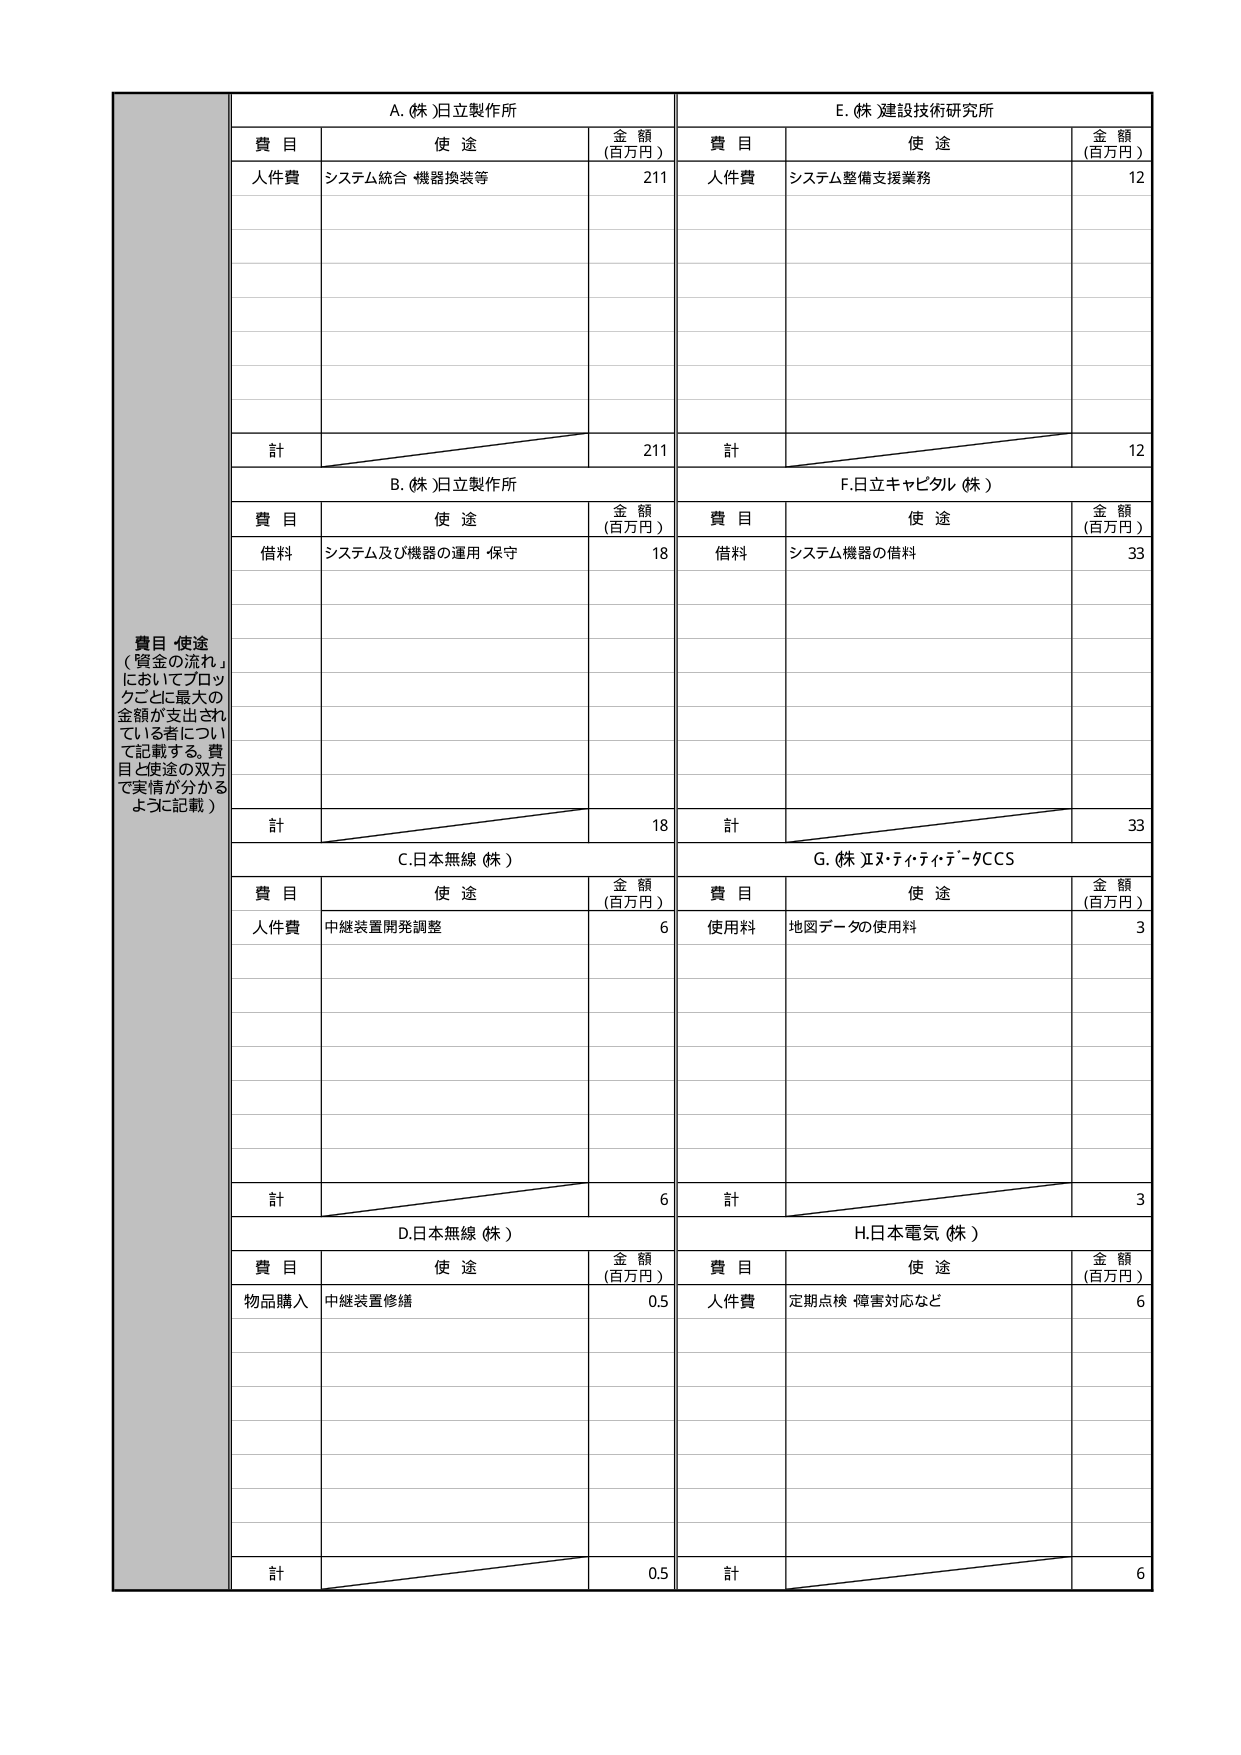
費目 使途
（資金の流れ」
においてブロッ
クごとに最大の
金額が支出され
ている者につい
て記載する。費
目と使途の双方
で実情が分かる
ように記載）

A. (株)日立製作所
費目 使途 金額 (百万円)
人件費 システム統合 機器換装等 211
計 211

B. (株)日立製作所
費目 使途 金額 (百万円)
借料 システム及び機器の運用・保守 18
計 18

C. 日本無線 (株)
費目 使途 金額 (百万円)
人件費 中継装置開発調整 6
計 6

D. 日本無線 (株)
費目 使途 金額 (百万円)
物品購入 中継装置修繕 0.5
計 0.5

E. (株)建設技術研究所
費目 使途 金額 (百万円)
人件費 システム整備支援業務 12
計 12

F. 日立キャピタル (株)
費目 使途 金額 (百万円)
借料 システム機器の借料 33
計 33

G. (株)エヌ・ティ・ティ・データCCS
費目 使途 金額 (百万円)
使用料 地図データの使用料 3
計 3

H. 日本電気 (株)
費目 使途 金額 (百万円)
人件費 定期点検・障害対応など 6
計 6